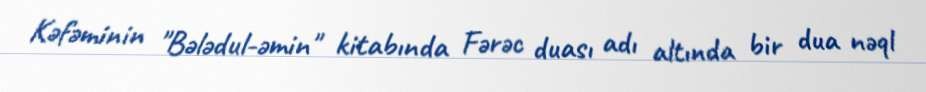
Kəfəminin "Bələdul-əmin" kitabında Fərəc duası adı altında bir dua nəql